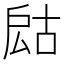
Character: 𢩍